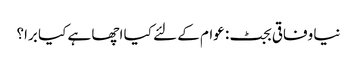
نیا وفاقی بجٹ: عوام کے لئے کیا اچھا ہے کیا برا؟